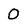
Character: O